Lunatic asylums United Provinces 1909-1921 - 1909-1921
Year: 1909
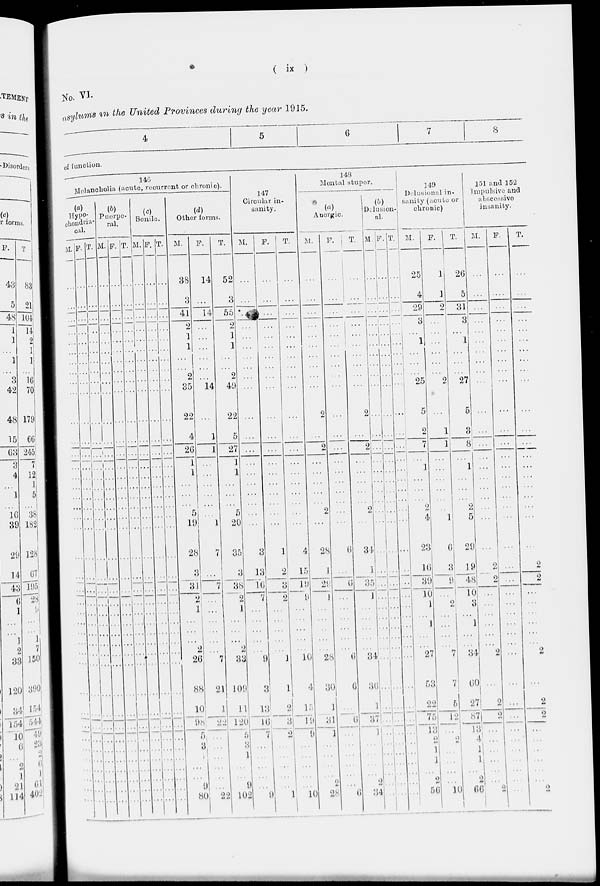
( ix )
No. VI.
asylums in the United Provinces during the year 1915.
4
5
6
7
8
of function.
146
Melancholia (acute, recurrent or chronic).
(a)
Hypo-
chondria-
cal.
M.
...
...
...
...
...
...
...
...
...
...
...
...
...
...
...
...
...
...
...
...
...
...
...
...
...
...
...
...
...
...
...
...
...
...
...
...
...
...
...
...
F.
...
...
...
...
...
...
...
...
...
...
...
...
...
...
...
...
...
...
...
...
...
...
...
...
...
...
...
...
...
...
...
...
...
...
...
...
...
...
...
...
T.
...
...
...
...
...
...
...
...
...
...
...
...
...
...
...
...
...
...
...
...
...
...
...
...
...
...
...
...
...
...
...
...
...
...
...
...
...
...
...
...
(b)
Puerpe-
ral.
M. .
...
...
...
...
...
...
...
...
...
...
...
...
...
...
...
...
...
...
...
...
...
...
...
...
...
...
...
...
...
...
...
...
...
...
...
...
...
...
...
...
F.
...
...
...
...
...
...
...
...
...
...
...
...
...
...
...
...
...
...
...
...
...
...
...
...
...
...
...
...
...
...
...
...
...
...
...
...
...
...
...
...
T.
...
...
...
...
...
...
...
...
...
...
...
...
...
...
...
...
...
...
...
...
...
...
...
...
...
...
...
...
...
...
...
...
...
...
...
...
...
...
...
...
(c)
Senile.
M.
...
...
...
...
...
...
...
...
...
...
...
...
...
...
...
...
...
...
...
...
...
...
...
...
...
...
...
...
...
...
...
...
...
...
...
...
...
...
...
...
F.
...
...
...
...
...
...
...
...
...
...
...
...
...
...
...
...
...
...
...
...
...
...
...
...
...
...
...
...
...
...
...
...
...
...
...
...
...
...
...
...
T.
...
...
...
...
...
...
...
...
...
...
...
...
...
...
...
...
...
...
...
...
...
...
...
...
...
...
...
...
...
...
...
...
...
...
...
...
...
...
...
...
(d)
Other forms.
M.
38
3
41
2
1
1
...
...
2
35
22
4
26
1
1
...
...
...
5
19
28
3
31
2
1
...
...
...
2
26
88
10
98
5
3
1
...
...
9
80
F.
14
...
14
...
...
...
...
...
...
14
...
1
1
...
...
...
...
...
...
1
7
...
7
...
...
...
...
...
...
7
21
1
22
...
...
...
...
...
...
22
T.
52
3
55
2
1
1
...
...
2
49
22
5
27
1
1
...
...
...
5
20
35
3
38
2
1
...
...
...
2
33
109
11
120
5
3
1
...
...
9
102
147
Circular in-
sanity.
M.
...
...
...
...
...
...
...
...
...
...
...
...
...
...
...
...
...
...
...
...
3
13
16
7
...
...
...
...
...
9
3
13
16
7
...
...
...
...
...
9
F.
...
...
...
...
...
...
...
...
...
...
...
...
...
...
...
...
...
...
...
...
1
2
3
2
...
...
...
...
...
1
1
2
3
2
...
...
...
...
...
1
T.
...
...
...
...
...
...
...
...
...
...
...
...
...
...
...
...
...
...
...
...
4
15
19
9
...
...
...
...
...
10
4
15
19
9
...
...
...
...
...
10
148
Mental stupor.
(a)
Anergic.
M.
...
...
...
...
...
...
...
...
...
...
2
...
2
...
...
...
...
...
2
...
28
1
29
1
...
...
...
...
...
28
30
1
31
1
...
...
...
...
2
28
F.
...
...
...
...
...
...
...
...
...
...
...
...
...
...
...
...
...
...
...
...
6
...
6
...
...
...
...
...
...
6
6
...
6
...
...
...
...
...
...
6
T.
...
...
...
...
...
...
...
...
...
...
2
...
2
...
...
...
...
...
2
...
34
1
35
1
...
...
...
...
...
34
36
1
37
1
...
...
...
...
2
34
(b)
Delusion-
al.
M.
...
...
...
...
...
...
...
...
...
...
...
...
...
...
...
...
...
...
...
...
...
...
...
...
...
...
...
...
...
...
...
...
...
...
...
...
...
...
...
...
F.
...
...
...
...
...
...
...
...
...
...
...
...
...
...
...
...
...
...
...
...
...
...
...
...
...
...
...
...
...
...
...
...
...
...
...
...
...
...
...
...
T.
...
...
...
...
...
...
...
...
...
...
...
...
...
...
...
...
...
...
...
...
...
...
...
...
...
...
...
...
...
...
...
...
...
...
...
...
...
...
...
149
Delusional in-
sanity (acute or
chronic)
M.
25
4
29
3
...
1
...
...
...
25
5
2
7
...
1
...
...
...
2
4
23
16
39
10
1
...
1
...
...
27
53
22
75
13
2
1
1
...
2
56
F.
1
1
2
...
...
...
...
...
...
2
...
1
1
...
...
...
...
...
...
1
6
3
9
...
2
...
...
...
...
7
7
5
12
...
2
...
...
...
...
10
T.
26
5
31
3
...
1
...
...
...
27
5
3
8
...
1
...
...
...
2
5
29
19
48
10
3
...
1
...
...
34
60
27
87
13
4
1
1
...
2
66
151 and 152
Impulsive and
abscessive
insanity.
M.
...
...
...
...
...
...
...
...
...
...
...
...
...
...
...
...
...
...
...
...
...
2
2
...
...
...
...
...
...
...
...
2
2
...
...
...
...
...
...
2
F.
...
...
...
...
...
...
...
...
...
...
...
...
...
...
...
...
...
...
...
...
...
...
...
...
...
...
...
...
...
...
...
...
...
...
...
...
...
...
...
...
T.
...
...
...
...
...
...
...
...
...
...
...
...
...
...
...
...
...
...
...
...
...
2
2
...
...
...
...
...
...
...
...
2
2
...
...
...
...
...
...
2